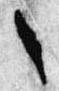
々